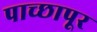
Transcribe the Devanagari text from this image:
पाच्छापूर